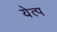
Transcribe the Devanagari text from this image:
येत्प